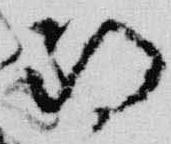
期